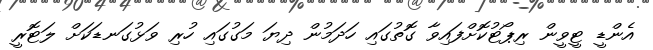
އެންޑީ ޓީވީން ރިޕޯޓުކޮށްފައިވާ ގޮތުގައި ހަދަމުން ދިޔަ މަގުގައި ހުރި ވަޅުގަނޑަކަށް ލަޓޮރީ